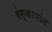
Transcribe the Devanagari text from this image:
रंग्कामांत